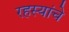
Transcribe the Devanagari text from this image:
रहस्यांचे